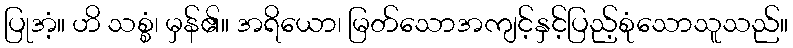
ပြုအံ့။ ဟိ သစ္စံ၊ မှန်၏။ အရိယော၊ မြတ်သောအကျင့်နှင့်ပြည့်စုံသောသူသည်။